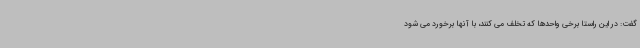
گفت: در این راستا برخی واحدها که تخلف می کنند، با آنها برخورد می شود